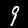
Digit: 9